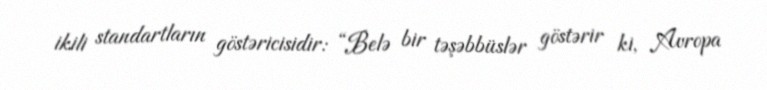
ikili standartların göstəricisidir: “Belə bir təşəbbüslər göstərir ki, Avropa